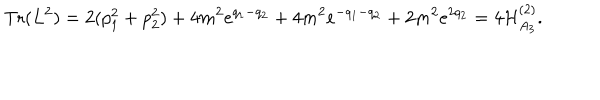
LaTeX: \mathrm { T r } ( L ^ { 2 } ) = 2 ( p _ { 1 } ^ { 2 } + p _ { 2 } ^ { 2 } ) + 4 m ^ { 2 } e ^ { q _ { 1 } - q _ { 2 } } + 4 m ^ { 2 } e ^ { - q _ { 1 } - q _ { 2 } } + 2 m ^ { 2 } e ^ { 2 q _ { 2 } } = 4 { \cal H } _ { A _ { 3 } } ^ { ( 2 ) } .